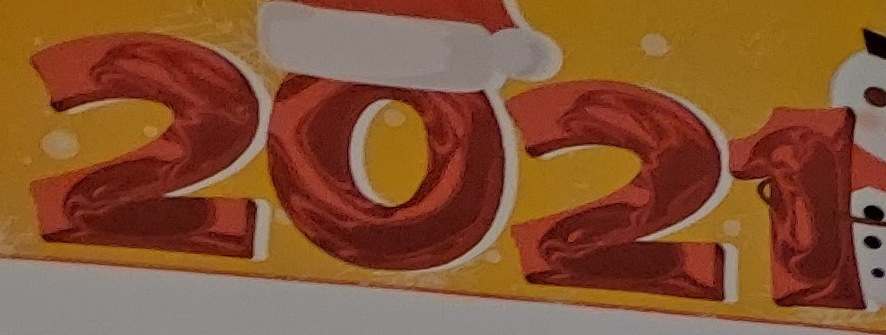
2021